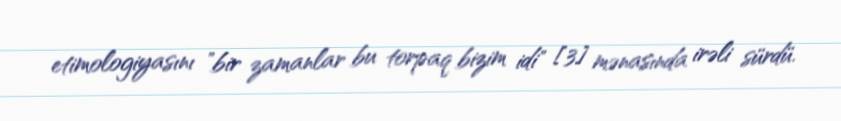
etimologiyasını "bir zamanlar bu torpaq bizim idi" [3] mənasında irəli sürdü.